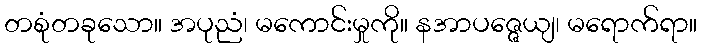
တစုံတခုသော။ အပုညံ၊ မကောင်းမှုကို။ နအာပဇ္ဇေယျ၊ မရောက်ရာ။